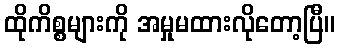
ထိုကိစ္စများကို အမှုမထားလိုတော့ပြီ။